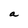
Character: a